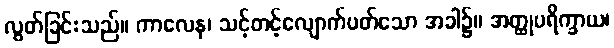
လွတ်ခြင်းသည်။ ကာလေန၊ သင့်တင့်လျောက်ပတ်သော အခါ၌။ အတ္ထုပရိက္ခာယ၊